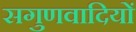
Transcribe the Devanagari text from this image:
सगुणवादियों